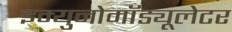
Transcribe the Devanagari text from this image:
इम्युनोमॉड्यूलेटर